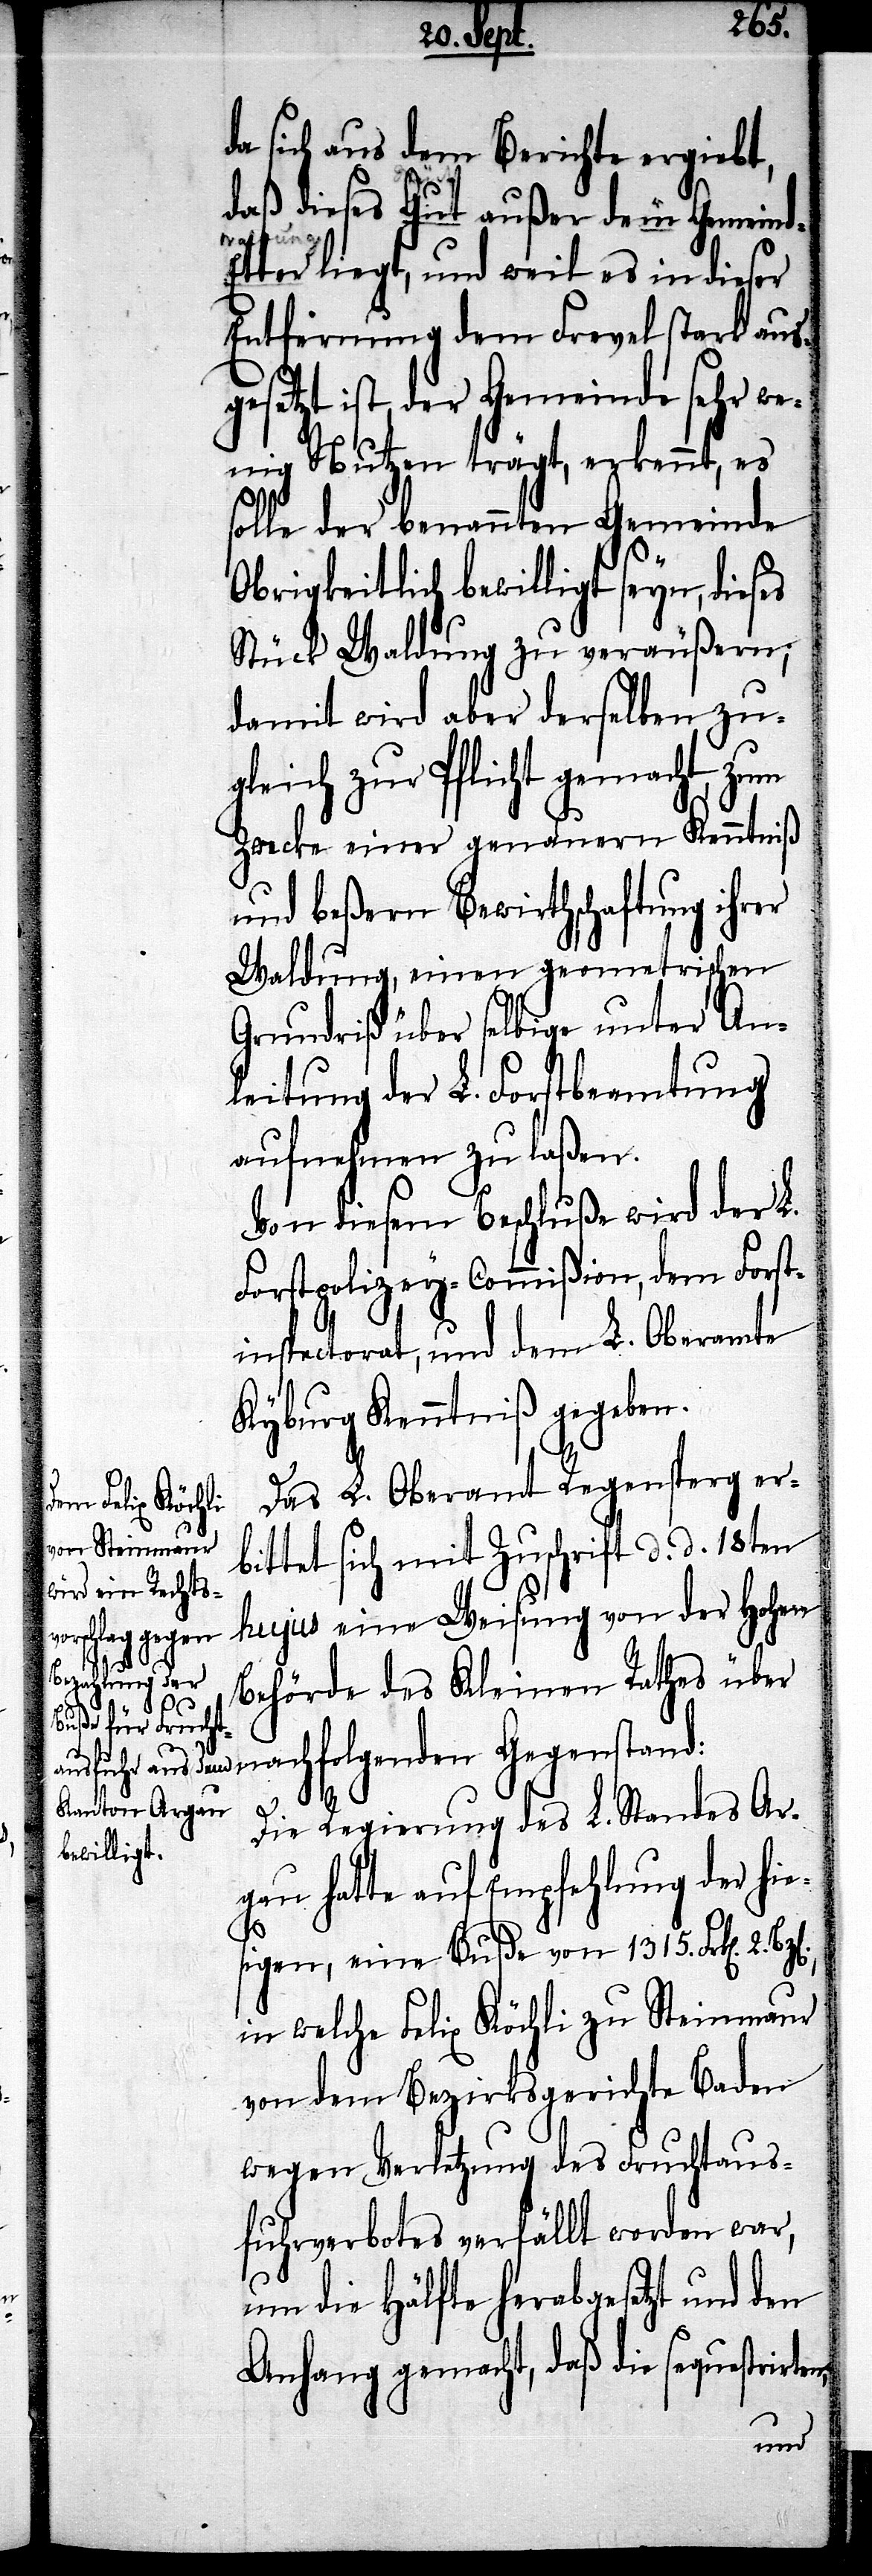
da sich aus dem Berichte ergiebt,
daß dieses Gut außer dem Gemein¬
d-Etter liegt, und weil es in dieser
Entfernung dem Frevel stark aus¬
gesetzt ist, der Gemeinde sehr we¬
nig Nutzen trägt, erkennt, es
solle der benannten Gemeinde
Obrigkeitlich bewilligt seyn, dies¬
Stück Waldung zu veräußern;
damit wird aber derselben zu¬
gleich zur Pflicht gemacht, zum
Zwecke einer genauern Kenntniß
und beßern Bewirthschaftung ihrer
Waldung, einen geometrischen
Grundriß über selbige unter An¬
leitung der L. Forstbeamtung
aufnehmen zu laßen.
Von diesem Beschluße wird der L.
Forstpolizey-Commißion, dem Forst¬
inspectorat, und dem L. Oberamte
Kyburg Kenntniß gegeben.
Das L. Oberamt Regensperg erb¬
ittet sich mit Zuschrift d. d. 18ten
hujus eine Weisung von der Hohen
nachfolgenden
Gegenstand:
Behörde des Kleinen Rathes über
n,
Die Regierung des L. Standes Ar¬
gau hatte auf Empfehlung der hie¬
es
sigen, eine Buße von 1315. Frk[en]. 2.
in welche Felix Köchli zu Steinmaur
von dem Bezirksgerichte Baden
wegen Verletzung des Fruchtaus¬
fuhrverbotes verfällt worden war,
um die Hälfte herabgesetzt und den
Anfang gemacht, daß die sequestrirte¬